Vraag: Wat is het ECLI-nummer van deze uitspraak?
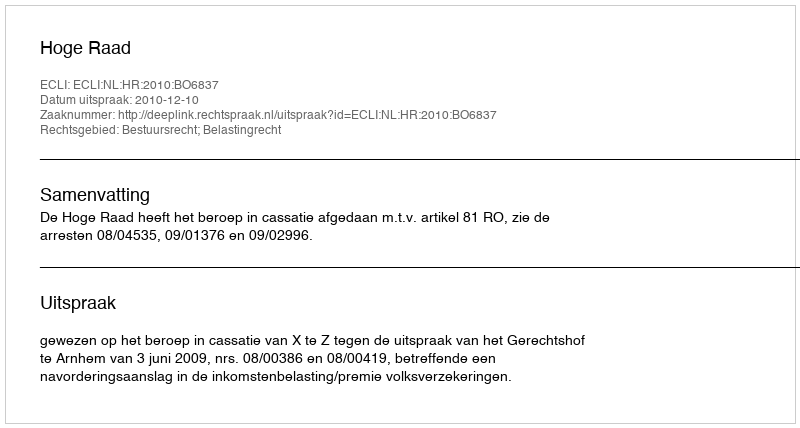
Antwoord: ECLI:NL:HR:2010:BO6837